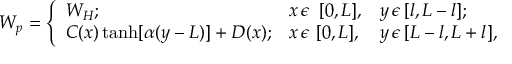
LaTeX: W _ { p } = \left\{ \begin{array} { l l l } { { W _ { H } ; } } & { { x \, \epsilon \ \, [ 0 , L ] , } } & { { y \, \epsilon \, [ l , L - l ] ; } } \\ { { C ( x ) \operatorname { t a n h } [ \alpha ( y - L ) ] + D ( x ) ; } } & { { x \, \epsilon \ [ 0 , L ] , } } & { { y \, \epsilon \, [ L - l , L + l ] , } } \end{array} \right.